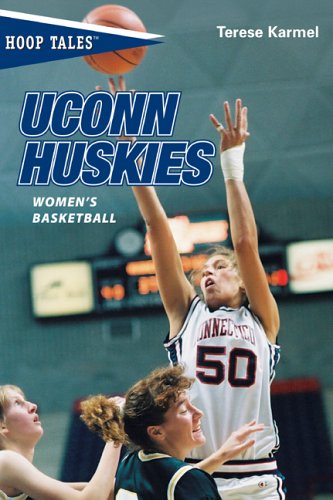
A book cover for Hoop Tales: UConn Huskies Women's Basketball (Hoop Tales Series); Terese Karmel; Sports & Outdoors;